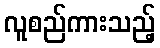
လူစည်ကားသည့်